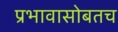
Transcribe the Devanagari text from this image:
प्रभावासोबतच